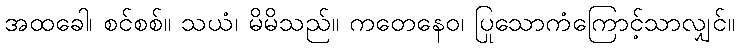
အထခေါ၊ စင်စစ်။ သယံ၊ မိမိသည်။ ကတေနေဝ၊ ပြုသောကံကြောင့်သာလျှင်။